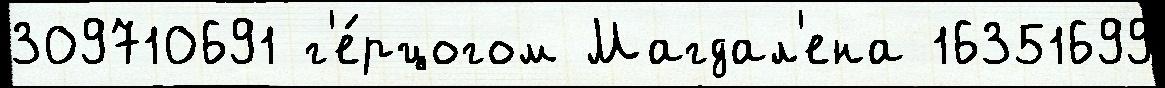
309710691 г'е́рцогом Магдал'ена 16351699